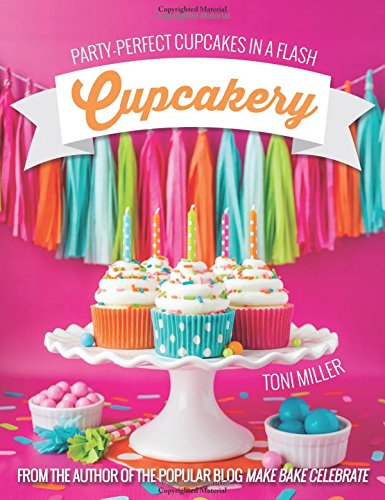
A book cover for Cupcakery: Party-perfect Cupcakes in a Flash; Toni Miller; Cookbooks, Food & Wine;